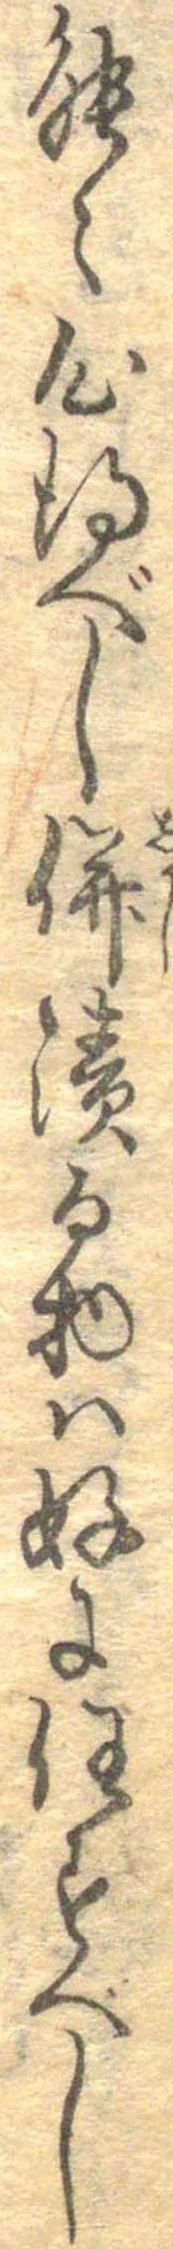
能々心得べし併漬る物は好に任すべし